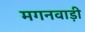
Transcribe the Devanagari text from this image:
मगनवाड़ी